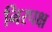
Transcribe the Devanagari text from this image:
निरपक्ष